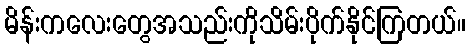
မိန်းကလေးတွေအသည်းကိုသိမ်းပိုက်နိုင်ကြတယ်။